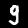
Label: 9